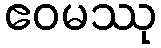
ဧဝမဿု